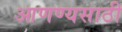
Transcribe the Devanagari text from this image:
आणण्यसाठी